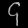
Digit: ၄